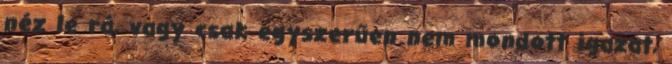
néz le rá, vagy csak egyszerűen nem mondott igazat,